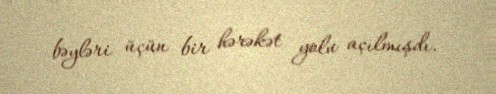
bəyləri üçün bir hərəkət yolu açılmışdı.